Report of the Indian Hemp Drugs Commission, 1894-1895 - Volume VII
Year: 1894
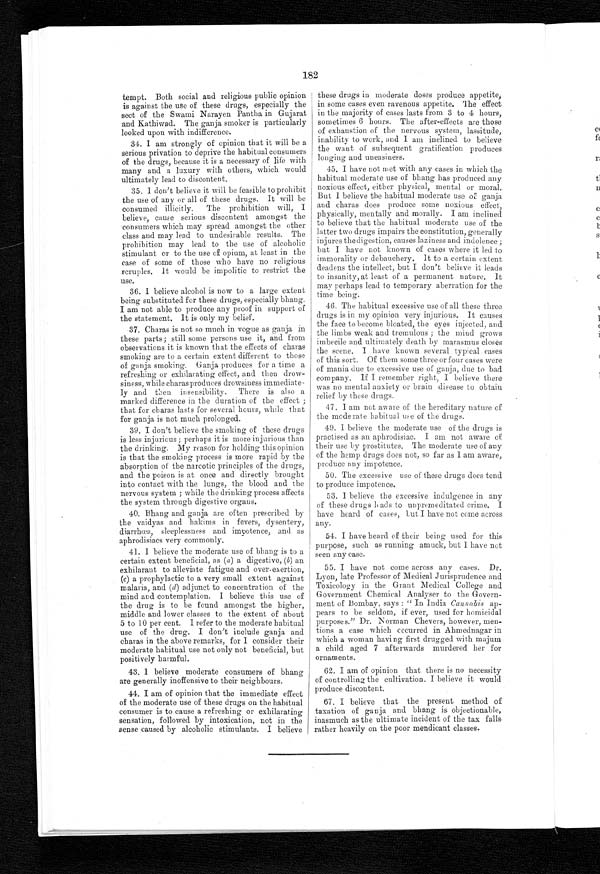
182
tempt. Both social and religious public opinion
is against the use of these drugs, especially the
sect of the Swami Narayen Pantha in Gujarat
and Kathiwad. The ganja smoker is particularly
looked upon with indifference.
34. I am strongly of opinion that it will be a
serious privation to deprive the habitual consumers
of the drugs, because it is a necessary of life with
many and a luxury with others, which would
ultimately lead to discontent.
35. I don't believe it will be feasible to prohibit
the use of any or all of these drugs. It will be
consumed illicitly. The prohibition will, I
believe, cause serious discontent amongst the
consumers which may spread amongst the other
class and may lead to undesirable results. The
prohibition may lead to the use of alcoholic
stimulant or to the use of opium, at least in the
case of some of those who have no religious
scruples. It would be impolitic to restrict the
use.
36. I believe alcohol is now to a large extent
being substituted for these drugs, especially bhang.
I am not able to produce any proof in support of
the statement, It is only my belief.
37. Charas is not so much in vogue as ganja in
these parts; still some persons use it, and from
observations it is known that the effects of charas
smoking are to a certain extent different to those
of ganja smoking. Ganja produces for a time a
refreshing or exhilarating effect, and then drow-
siness, while charas produces drowsiness immediate-
ly and then insensibility. There is also a
marked difference in the duration of the effect ;
that for charas lasts for several hours, while that
for ganja is not much prolonged.
39. I don't believe the smoking
o f t h e s e d r u g s i s l e s s i n j u r i o u s ; p e r h a p s i t i s m o r e i n j u r i o u s t h a n
the drinking. My reason for holding this opinion
is that the smoking process is more rapid by the
absorption of the narcotic principles of the drugs,
and the poison is at once and directly brought
into contact with the lungs, the blood and the
nervous system ; while the drinking process affects
the system through digestive organs.
40. Bhang and ganja are often prescribed by
the vaidyas and hakims in fevers, dysentery,
diarrhœa, sleeplessness and impotence, and as
aphrodisiacs very commonly.
41. I believe the moderate use of bhang is to a
certain extent beneficial, as ( a) a digestive, (b) an
exhilarant to alleviate fatigue and over-exertion,
(c) a prophylactic to a very small extent against
malaria, and ( d) adjunct to concentration of the
mind and contemplation. I believe this use of
the drug is to be found amongst the higher,
middle and lower classes to the extent of about
5 to 10 per cent. I refer to the moderate habitual
use of the drug. I don't include ganja and
charas in the above remarks, for I consider their
moderate habitual use not only not beneficial, but
positively harmful.
43. I believe moderate consumers of bhang
are generally inoffensive to their neighbours.
44. I am of opinion that the immediate effect
of the moderate use of these drugs on the habitual
consumer is to cause a refreshing or exhilarating
sensation, followed by intoxication, not in the
sense caused by alcoholic stimulants. I believe
these drugs in moderate doses produce appetite,
in some cases even ravenous appetite. The effect
in the majority of cases lasts from 3 to 4 hours,
sometimes 6 hours. The after-effects are those
of exhaustion of the nervous system, lassitude,
inability to work, and I am inclined to believe
the want of subsequent gratification produces
longing and uneasiness.
45. I have not met with any cases in which the
habitual moderate use of bhang has produced any
noxious effect, either physical, mental or moral.
But I believe the habitual moderate use of ganja
and charas does produce some noxious effect,
physically, mentall y and morally. I am inclined
to believe that the habitual moderate use of the
latter two drugs impairs the constitution, generally
injures the digestion, causes laziness and indolence ;
but I have not known of cases where it led to
immorality or debauchery. It to a certain extent
deadens the intellect, but I don't believe it leads
to insanity, at least of a permanent nature. It
may perhaps lead to temporary aberration for the
time being.
46. The habitual excessive use of all these three
drugs is in my opinion very injurious. It causes
the face to become bloated, the eyes injected, and
the limbs weak and tremulous ; the mind grows
imbecile and ultimately death by marasmus closes
the scene. I have known several typical cases
of this sort. Of them some three or four cases were
of mania due to excessive use of ganja, due to bad
company. If I remember right, I believe there
was no mental anxiety or brain disease to obtain
relief by these drugs.
47. I am not aware of the hereditary nature of
the moderate habitual use of the drugs.
49.I believe the moderate use of the drugs is
practised as an aphrodisiac. I am not aware of
their use by prostitutes, The moderate use of any
of the hemp drugs does not, so far as I am aware,
produce any impotence.
50. The excessive use of these drugs does tend
to produce impotence.
53. I believe the excessive indulgence in any
of these drugs leads to unpremeditated crime, I
have heard of cases, but I have not come across
any.
54. I have heard of their being used for this
purpose, such as running amuck, but I have not
seen any case.
55. I have not come across any cases. Dr.
Lyon, late Professor of Medical Jurisprudence and
Toxicology in the Grant Medical College and
Government Chemical Analyser to the Govern
-ment of Bombay, says : " In India Cannabis ap-
pears to be seldom, if ever, used for homicidal
purposes." Dr. Norman Chevers, however, men-
tions a case which occurred in Ahmednagar in
which a woman having first drugged with majum
a child aged 7 afterwards murdered her for
ornaments.
62. I am of opinion that there is no necessity
of controlling the cultivation. I believe it would
produce discontent.
67. I believe that the present method of
taxation of ganja and bhang is objectionable,
inasmuch as the ultimate incident of the tax falls
rather heavily on the poor mendicant classes.